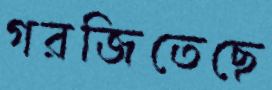
গরজিতেছে